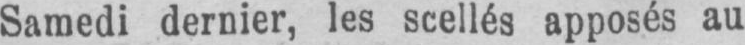
Samedi dernier, les scellés apposés au